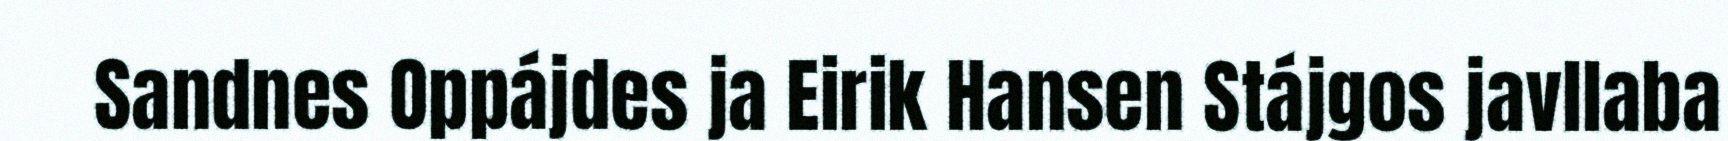
Sandnes Oppájdes ja Eirik Hansen Stájgos javllaba